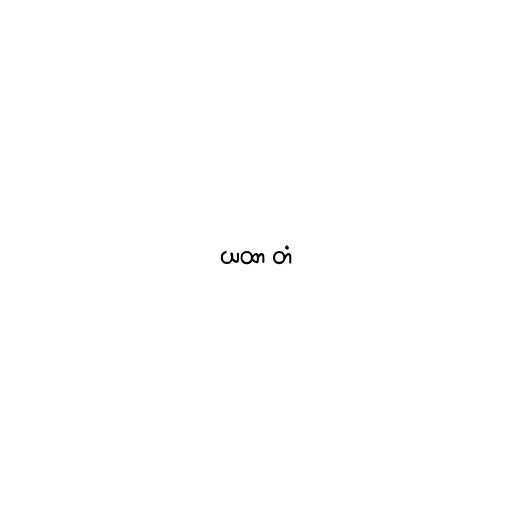
ယထာ တံ